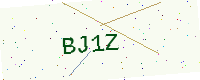
Text: BJ1Z